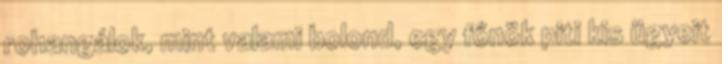
rohangálok, mint valami bolond, egy főnök piti kis ügyeit